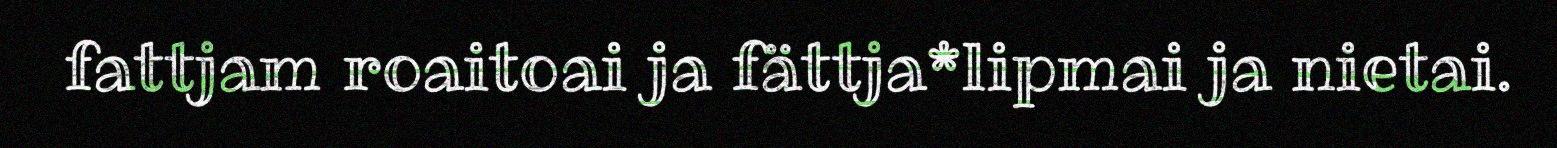
fattjam roaitoai ja fättja*lipmai ja nietai.